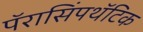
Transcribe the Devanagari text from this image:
पॅरासिंपथॅटिक